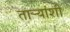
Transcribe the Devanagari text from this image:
ताऱ्यांशी